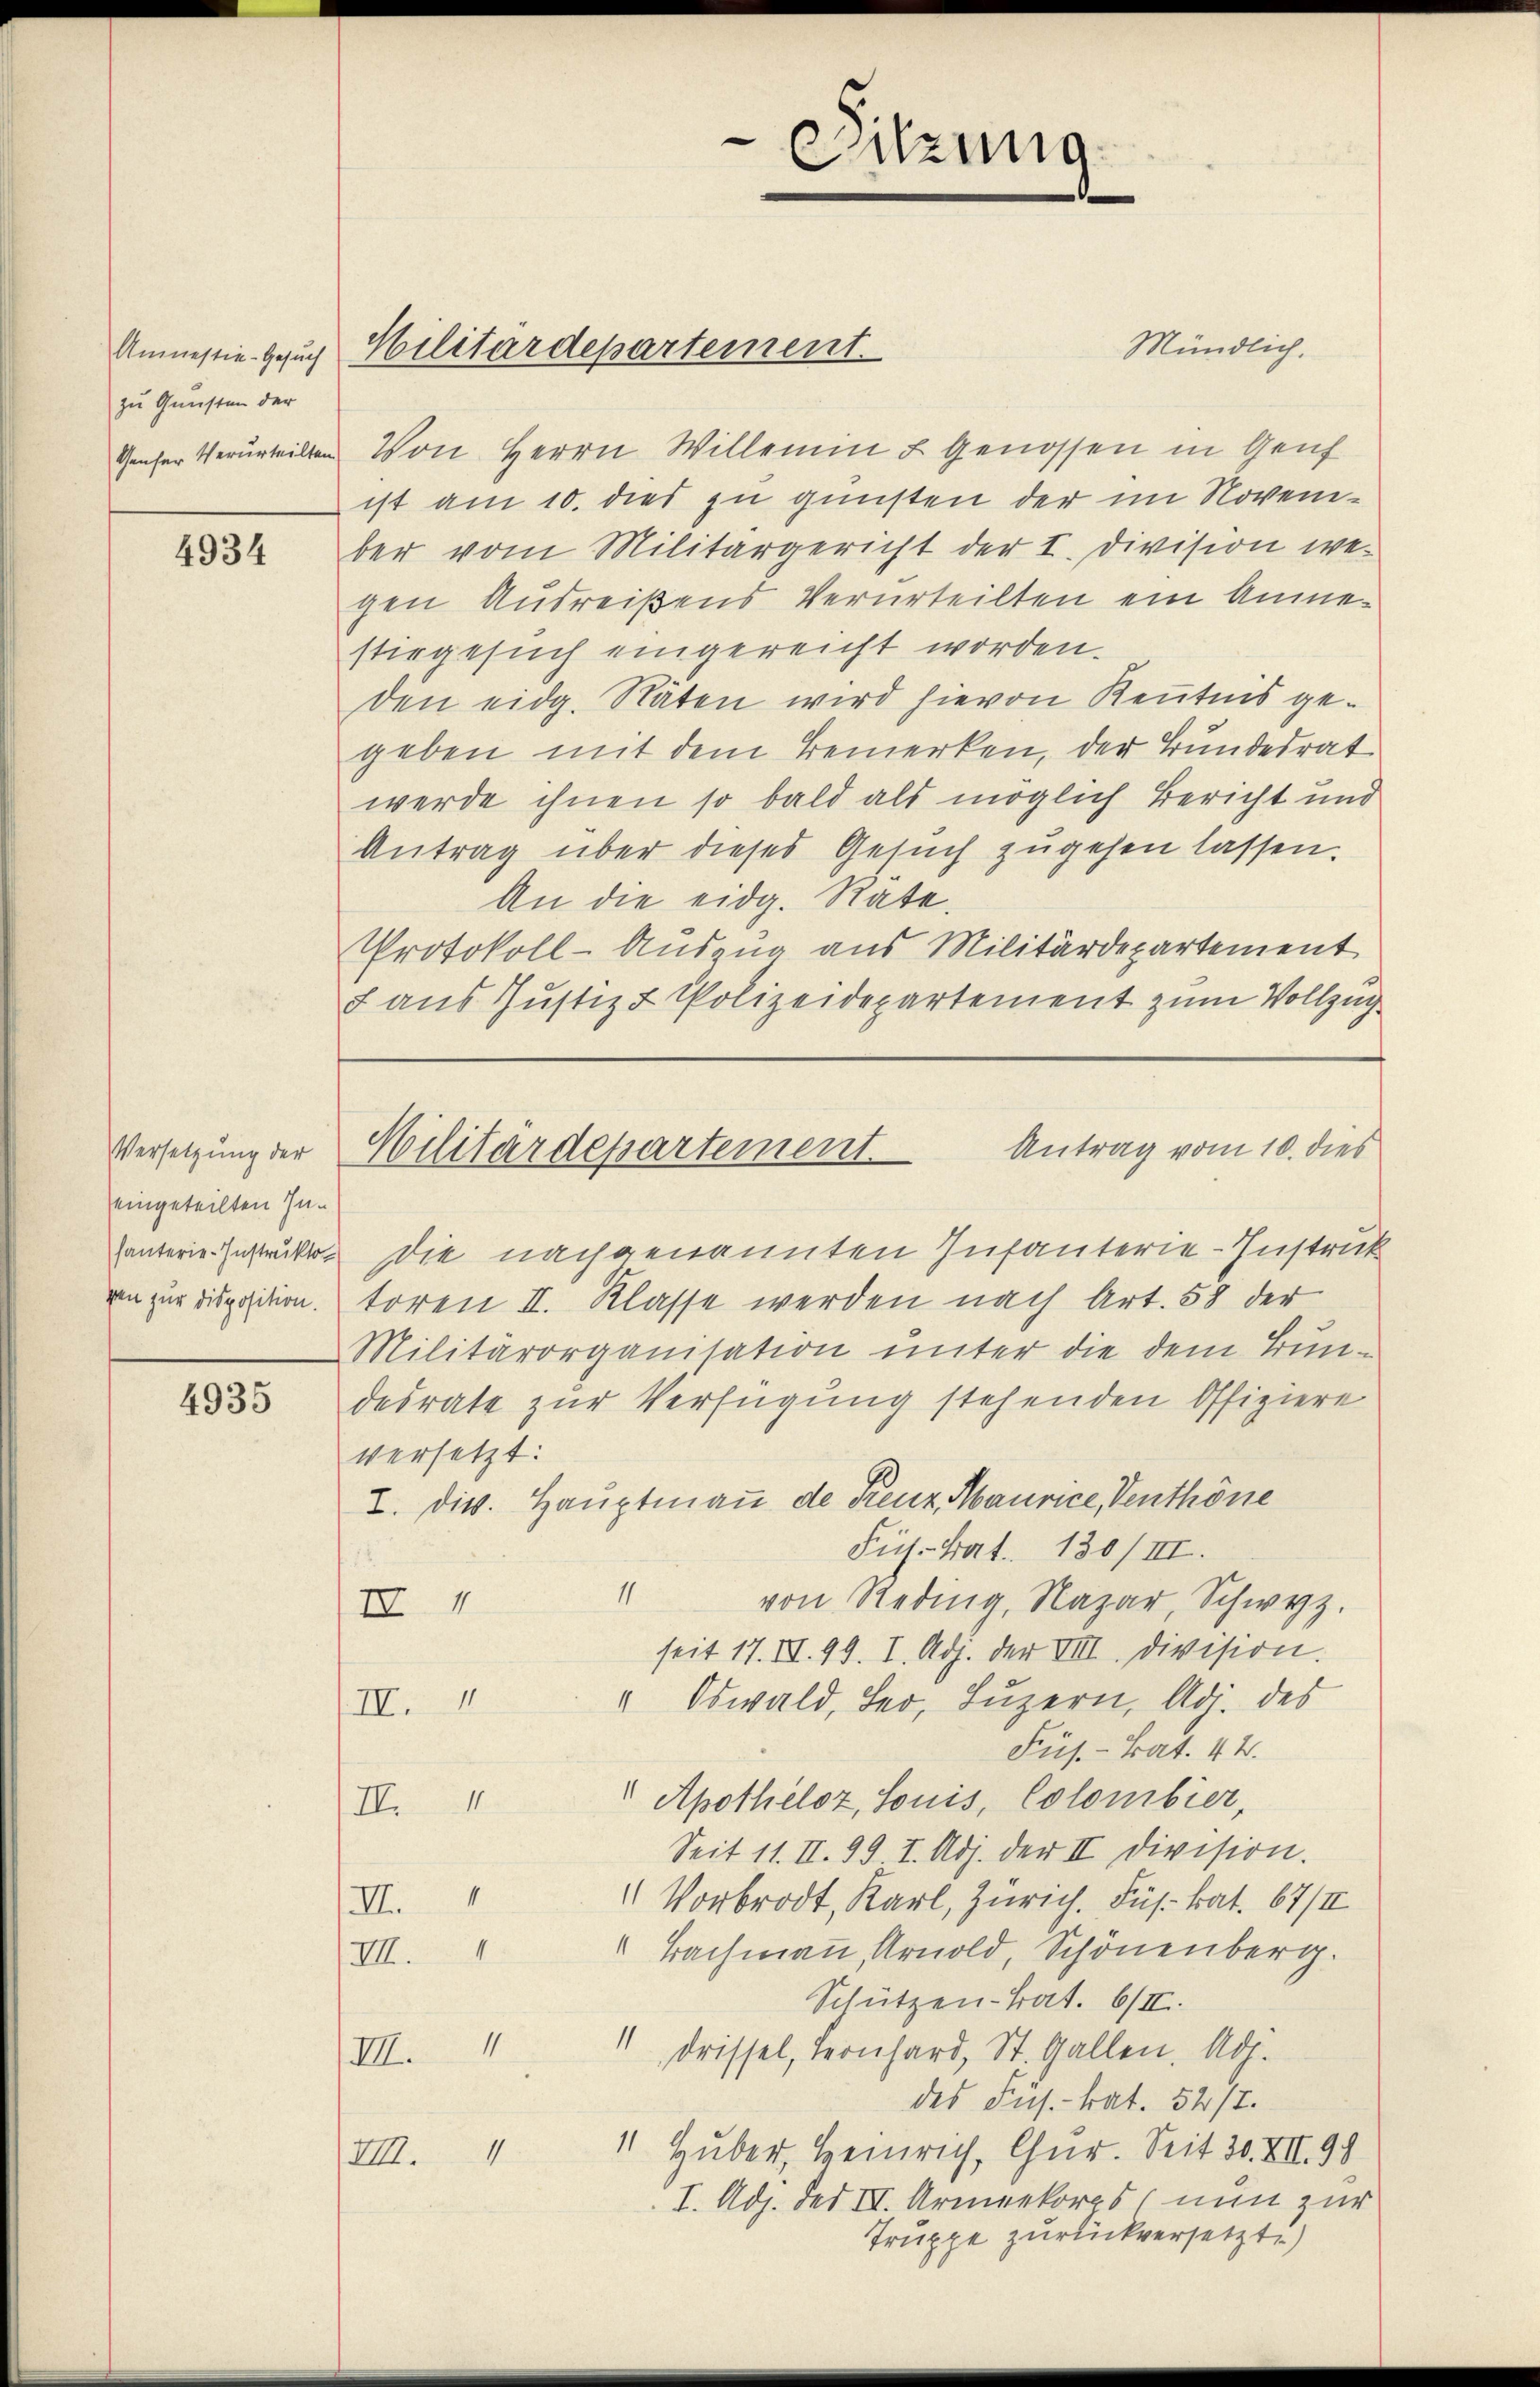
Anmestie-Gesuch
zu Gunsten der

4934

Versetzung der
eingeteilten Inhanterie-Instrukto
gen zur Disposition.

4935

Militärdepartement.

Mündlich.
Gener Verurteilten. Von Herrn Willemin u Genossen in Genf
ist am 10. dies zu gunsten der im Noveneber vom Militärgericht der I. Division wegen Ausreißens Verurteilten ein Anmestiegesuch eingereicht worden.
den eidg. Räten wird hievon Kenntnis gegeben mit dem Bemerken, der Bundesrat
werde ihnen so bald als möglich Bericht und
Antrag über dieses Gesuch zugehen lassen.
An die eidg. Rate.
Protokoll-Auszug aus Militärdepartement
L aus Justiz & Polizeidepartement zum Vollzug

Sitzung

Militärdepartement. Antrag vom 10. dies

Die nachgenannten Infanterie-Instruck
toren II. Klasse werden nach Art. 58 der
Militärorganisation unter die dem Bundesrate zur Verfügung stehenden Offiziere
versetzt:
I. dies. Hauptmaṅ de Renz, Maurice, Venthöne
Füh. hat. 130/III.
11
von Reding, Nazar, Schwyz.
III 4
seit 17. II. 99. I. Adj. der VIII. Division.
VV. " " Oswald, her, Lŭzern, Adj. des
Füs.-Bat. 42.
 Apotheloz, Sonis, Colombier,
II.1
Seit 11. II. 99. I. Adj. der II Division.
 Vorbrot, Karl, Zürich. Fuß hat. 67/II
II.1
Bachmann, Arnold, Schönenberg.
III. 4
Schützen-Kat. 6/II.
VII. " " drissel, Leonhard, St. Gallen. Abs.
des Jus.- trat. 547.
1 Huber, Heinrich, Cur. Seit 30. XII. 98.
III.
I. Adj. des III. Armeekorps nun zur
Truppe zurückversetzt)